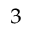
^ { 3 }